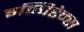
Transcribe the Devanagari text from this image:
इम्पिडेन्स